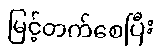
မြင့်တက်စေပြီး